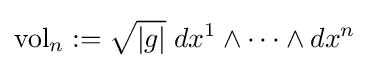
\operatorname {vol} _{n}:={\sqrt {|g|}}\;dx^{1}\wedge \cdots \wedge dx^{n}